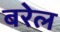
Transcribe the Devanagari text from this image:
बरेल